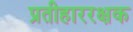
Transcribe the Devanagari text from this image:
प्रतीहाररक्षक